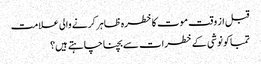
قبل از وقت موت کا خطرہ ظاہر کرنے والی علامت
تمباکو نوشی کے خطرات سے بچنا چاہتے ہیں؟